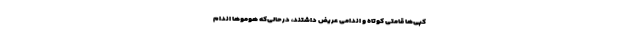
‌کپی‌ها قامتی کوتاه و اندامی عریض داشتند، درحالی‌که هوموها اندام